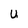
Character: U